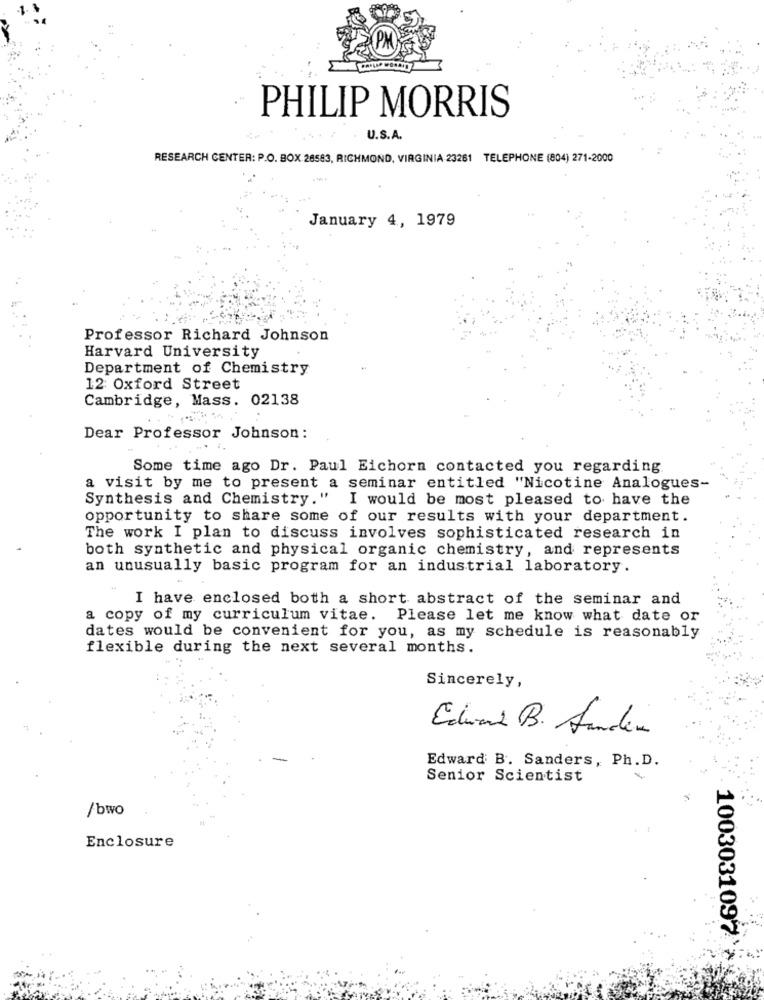
PHILIP MORRIS
U.S.A.
RESEARCH CENTER: P.O. BOX 28583, RICHMOND, VIRGINIA 23261 TELEPHONE (804) 271-2000
January 4, 1979
Professor Richard Johnson
Harvard University
Department of Chemistry
12 Oxford Street
Cambridge, Mass. 02138
Dear Professor Johnson :
Some time ago Dr. Paul Eichorn contacted you regarding.
a visit by me to present a seminar entitled "Nicotine Analogues-
Synthesis and Chemistry." I would be most pleased to have the
opportunity to share some of our results with your department.
The work I plan to discuss involves sophisticated research in
both synthetic and physical organic chemistry, and represents
an unusually basic program for an industrial laboratory.
I have enclosed both a short abstract of the seminar and
a copy of my curriculum vitae. Please let me know what date or
dates would be convenient for you, as my schedule is reasonably
flexible during the next several months.
Sincerely,
Edward B. Hunden
Edward B. Sanders, Ph.D.
Senior Scientist
/bwo
Enclosure
1003031097